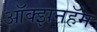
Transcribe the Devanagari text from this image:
ऑक्झनहॅम